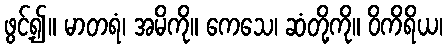
ဖွင့်၍။ မာတရံ၊ အမိကို။ ကေသေ၊ ဆံတို့ကို။ ဝိကိရိယ၊